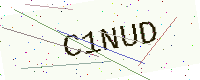
Text: C1NUD